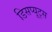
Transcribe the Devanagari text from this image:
डिसप्यूट्स